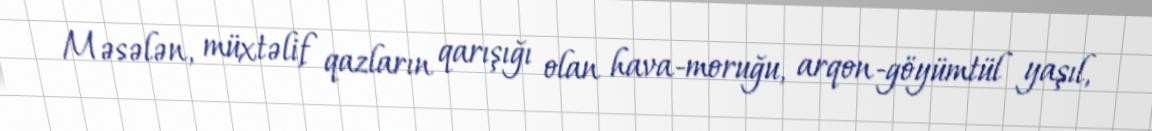
Məsələn, müxtəlif qazların qarışığı olan hava-moruğu, arqon-göyümtül yaşıl,